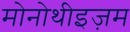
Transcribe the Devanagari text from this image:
मोनोथीइज़म